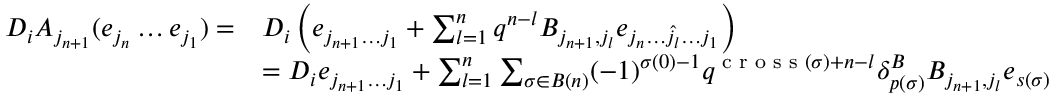
\begin{array} { r l } { D _ { i } A _ { j _ { n + 1 } } ( e _ { j _ { n } } \ldots e _ { j _ { 1 } } ) = } & { D _ { i } \left( e _ { j _ { n + 1 } \ldots j _ { 1 } } + \sum _ { l = 1 } ^ { n } q ^ { n - l } B _ { j _ { n + 1 } , j _ { l } } e _ { j _ { n } \ldots \hat { j _ { l } } \ldots j _ { 1 } } \right) } \\ & { = D _ { i } e _ { j _ { n + 1 } \ldots j _ { 1 } } + \sum _ { l = 1 } ^ { n } \sum _ { \sigma \in B ( n ) } ( - 1 ) ^ { \sigma ( 0 ) - 1 } q ^ { \textup { c r o s s } ( \sigma ) + n - l } \delta _ { p ( \sigma ) } ^ { B } B _ { j _ { n + 1 } , j _ { l } } e _ { s ( \sigma ) } } \end{array}